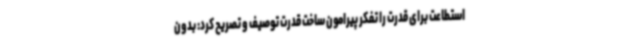
استطاعت برای قدرت را تفکر پیرامون ساخت قدرت توصیف و تصریح کرد: بدون